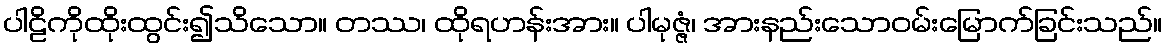
ပါဠိကိုထိုးထွင်း၍သိသော။ တဿ၊ ထိုရဟန်းအား။ ပါမုဇ္ဇံ၊ အားနည်းသောဝမ်းမြောက်ခြင်းသည်။